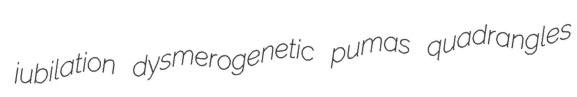
jubilation dysmerogenetic pumas quadrangles